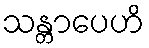
သန္တာပေဟိ